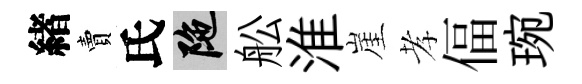
緖賣氏陀舩淮崖孝偪琬